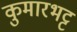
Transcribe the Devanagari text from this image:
कुमारभट्ट